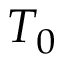
T _ { 0 }